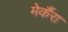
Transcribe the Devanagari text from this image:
मेर्कैरा